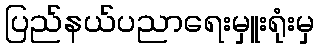
ပြည်နယ်ပညာရေးမှူးရုံးမှ